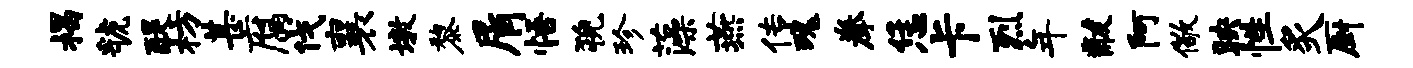
揭虢醍枋甚腐伐襄墩黎屑悟猊珍藻燕传瑰拳恁卡烈年黻阿儆映性炙厨